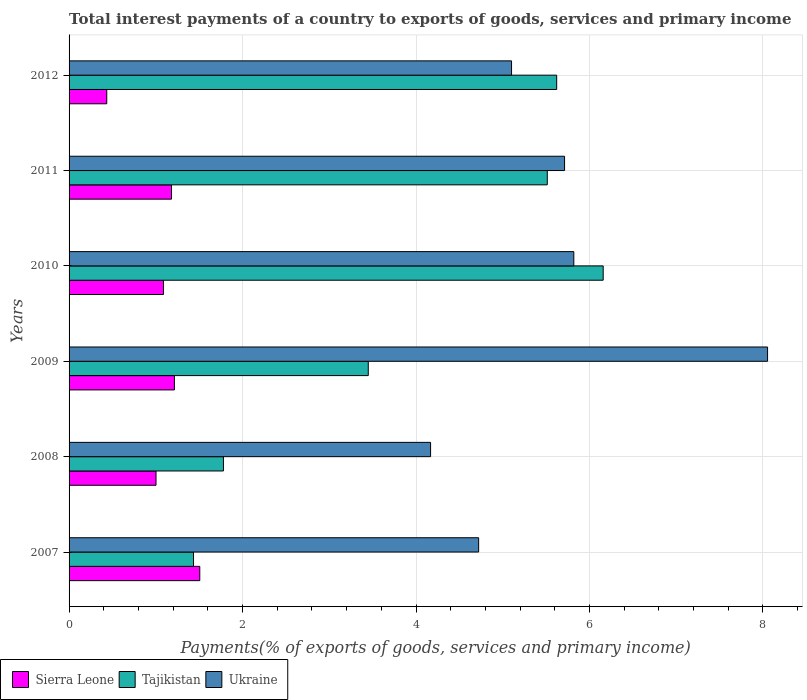
| Years | Sierra Leone | Tajikistan | Ukraine |
 | --- | --- | --- | --- |
 | 2007 | 1.51 | 1.43 | 4.72 |
 | 2008 | 1 | 1.78 | 4.17 |
 | 2009 | 1.21 | 3.45 | 8.05 |
 | 2010 | 1.09 | 6.16 | 5.82 |
 | 2011 | 1.18 | 5.51 | 5.71 |
 | 2012 | 0.434 | 5.62 | 5.1 |